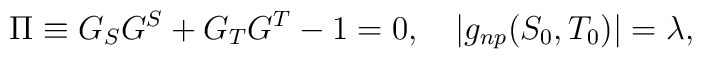
\Pi \equiv G_S G^S + G_T G^T - 1 = 0,\quad |g_{np}(S_0, T_0)|= \lambda,